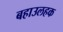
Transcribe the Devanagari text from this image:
बहाउलहक